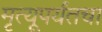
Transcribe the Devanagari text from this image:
मृत्यूपर्यंतचा